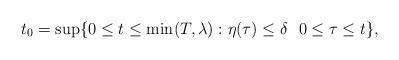
LaTeX: \begin{align*}t_0= \sup\{0\le t\le\min(T,\lambda) : \eta(\tau)\le \delta \ \ 0\le\tau\le t\},\end{align*}